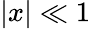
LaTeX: |x|\ll 1